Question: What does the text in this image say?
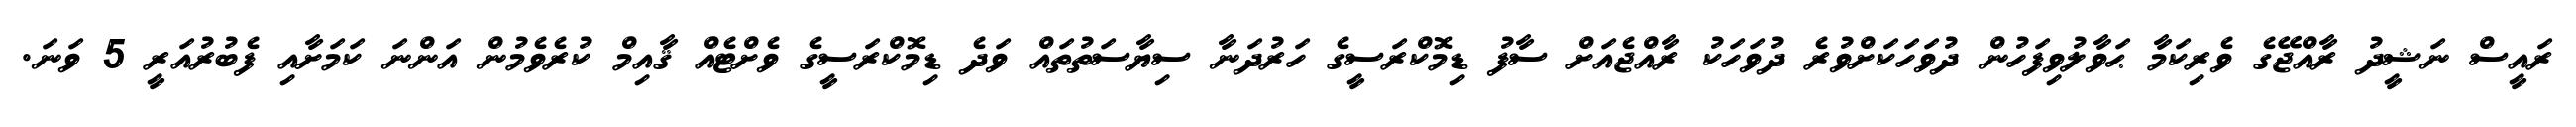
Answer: ރައީސް ނަޝީދު ރާއްޖޭގެ ވެރިކަމާ ޙަވާލުވިފަހުން ދުވަހަކަށްވުރެ ދުވަހަކު ރާއްޖެއަށް ސާފު ޑިމޮކްރަސީގެ ހަރުދަނާ ސިޔާސަތުތައް ވަދެ ޑިމޮކްރަސީގެ ވެށްޓެއް ޤާއިމް ކުރެވެމުން އަންނަ ކަމަށާއި ފެބުރުއަރީ 5 ވަނަ.